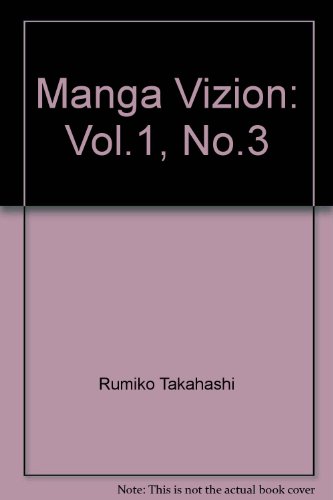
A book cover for Manga Vizion Vol. 1, No. 4; Rumiko Takahashi (Rumic Theater); Comics & Graphic Novels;